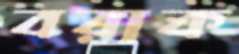
বরাক